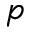
p